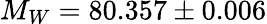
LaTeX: M_{W}=80.357\pm 0.006